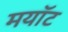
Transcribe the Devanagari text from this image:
मयॉट